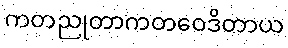
ကတညုတာကတဝေဒိတာယ